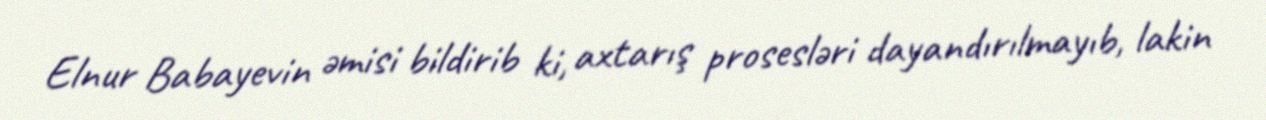
Elnur Babayevin əmisi bildirib ki, axtarış prosesləri dayandırılmayıb, lakin